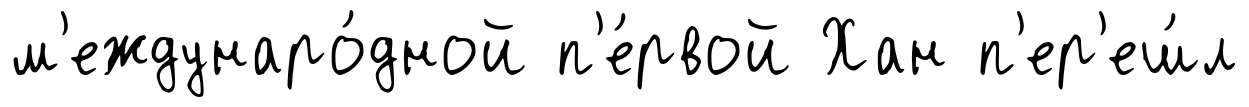
м'еждунаро́дной п'е́рвой Хан п'ер'еш́л